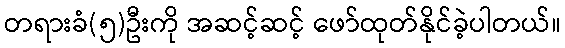
တရားခံ(၅)ဦးကို အဆင့်ဆင့် ဖော်ထုတ်နိုင်ခဲ့ပါတယ်။